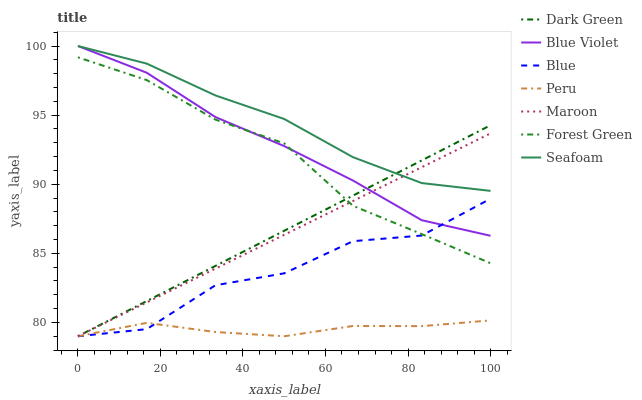
| xaxis_label | Dark Green | Blue Violet | Blue | Peru | Maroon | Forest Green | Seafoam |
 | --- | --- | --- | --- | --- | --- | --- | --- |
 | 0 | 79 | 100 | 79 | 79 | 79 | 99.2 | 100 |
 | 16.7 | 81.5 | 98.1 | 79.5 | 80 | 81.4 | 97.5 | 98.7 |
 | 33.3 | 84.1 | 94.9 | 82.7 | 79.3 | 83.9 | 94.7 | 96.4 |
 | 50 | 86.6 | 92.8 | 83.6 | 79 | 86.3 | 93 | 94.7 |
 | 66.7 | 89.2 | 90.3 | 85.9 | 79.7 | 88.8 | 88.4 | 92 |
 | 83.3 | 91.7 | 87.4 | 86.3 | 79.7 | 91.2 | 86.4 | 90.1 |
 | 100 | 94.3 | 86.3 | 89 | 80.1 | 93.7 | 84.3 | 89.5 |